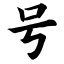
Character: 号